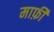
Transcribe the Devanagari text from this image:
मार्फ़ी